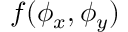
f ( \phi _ { x } , \phi _ { y } )